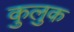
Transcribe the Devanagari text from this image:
कुलुक